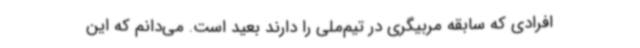
افرادی که سابقه مربیگری در تیم‌ملی را دارند بعید است. می‌دانم که این